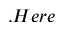
. H e r e